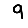
Digit: 9